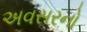
અવસરનો